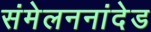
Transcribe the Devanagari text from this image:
संमेलननांदेड